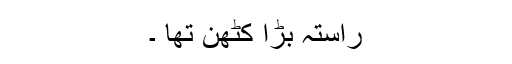
راستہ بڑا کٹھن تھا ۔